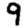
Digit: 9